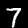
Label: 7